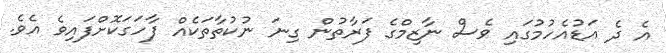
އެ ދެ އަޑުއެހުމުގައި ވެސް ނާޒިމްގެ ފަރާތުން ގިނަ ނުކުތާތަކެއް ފާހަގަކޮށްފައިވެ އެވެ.